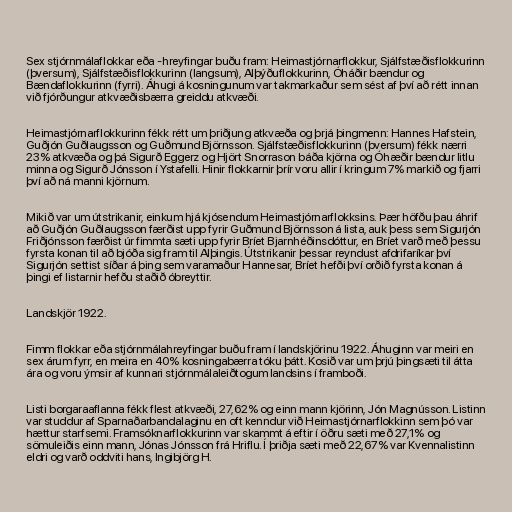
Sex stjórnmálaflokkar eða -hreyfingar buðu fram: Heimastjórnarflokkur, Sjálfstæðisflokkurinn
(þversum), Sjálfstæðisflokkurinn (langsum), Alþýðuflokkurinn, Óháðir bændur og
Bændaflokkurinn (fyrri). Áhugi á kosningunum var takmarkaður sem sést af því að rétt innan
við fjórðungur atkvæðisbærra greiddu atkvæði.

Heimastjórnarflokkurinn fékk rétt um þriðjung atkvæða og þrjá þingmenn: Hannes Hafstein,
Guðjón Guðlaugsson og Guðmund Björnsson. Sjálfstæðisflokkurinn (þversum) fékk nærri
23% atkvæða og þá Sigurð Eggerz og Hjört Snorrason báða kjörna og Óhæðir bændur litlu
minna og Sigurð Jónsson í Ystafelli. Hinir flokkarnir þrír voru allir í kringum 7% markið og fjarri
því að ná manni kjörnum.

Mikið var um útstrikanir, einkum hjá kjósendum Heimastjórnarflokksins. Þær höfðu þau áhrif
að Guðjón Guðlaugsson færðist upp fyrir Guðmund Björnsson á lista, auk þess sem Sigurjón
Friðjónsson færðist úr fimmta sæti upp fyrir Bríet Bjarnhéðinsdóttur, en Bríet varð með þessu
fyrsta konan til að bjóða sig fram til Alþingis. Útstrikanir þessar reyndust afdrifaríkar því
Sigurjón settist síðar á þing sem varamaður Hannesar, Bríet hefði því orðið fyrsta konan á
þingi ef listarnir hefðu staðið óbreyttir.

Landskjör 1922.

Fimm flokkar eða stjórnmálahreyfingar buðu fram í landskjörinu 1922. Áhuginn var meiri en
sex árum fyrr, en meira en 40% kosningabærra tóku þátt. Kosið var um þrjú þingsæti til átta
ára og voru ýmsir af kunnari stjórnmálaleiðtogum landsins í framboði.

Listi borgaraaflanna fékk flest atkvæði, 27,62% og einn mann kjörinn, Jón Magnússon. Listinn
var studdur af Sparnaðarbandalaginu en oft kenndur við Heimastjórnarflokkinn sem þó var
hættur starfsemi. Framsóknarflokkurinn var skammt á eftir í öðru sæti með 27,1% og
sömuleiðis einn mann, Jónas Jónsson frá Hriflu. Í þriðja sæti með 22,67% var Kvennalistinn
eldri og varð oddviti hans, Ingibjörg H.